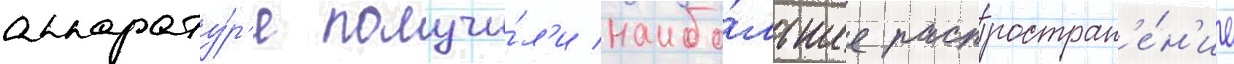
аппарату́р'е получи́л'и наибо́льшее распростран'е́н'ие